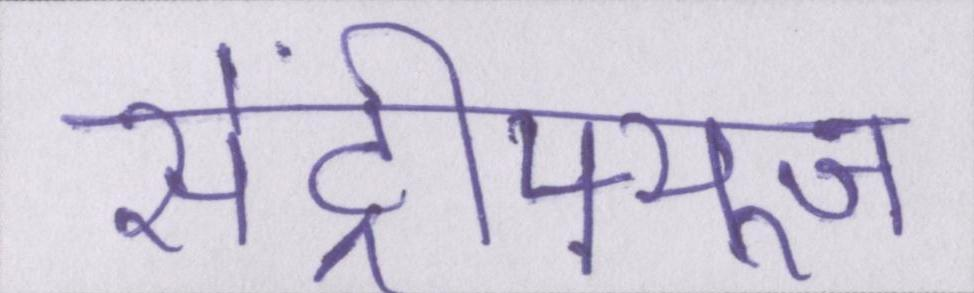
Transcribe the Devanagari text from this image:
सेंट्रीफ्यूज